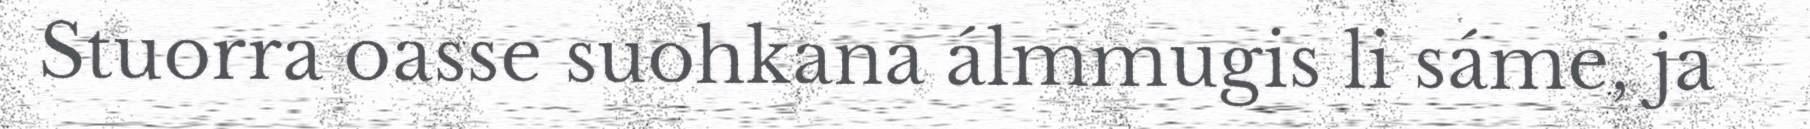
Stuorra oasse suohkana álmmugis li sáme, ja